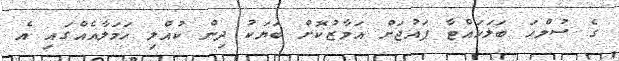
ގެ ސުލްހަ ބަލަހައްޓާ ފައުޖަށް އަމާޒުކޮށް ބަޔަކު ދިން ކުއްލި ހަމަލާއެއްގައި އެ